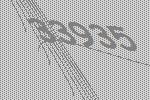
33935